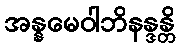
အန္နမေဝါဘိနန္ဒန္တိ